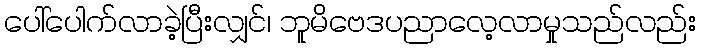
ပေါ်ပေါက်လာခဲ့ပြီးလျှင်၊ ဘူမိဗေဒပညာလေ့လာမှုသည်လည်း